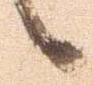
候